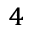
^ 4